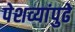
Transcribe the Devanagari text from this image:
पेशव्यांपुढे